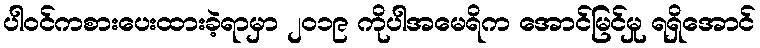
ပါဝင်ကစားပေးထားခဲ့ရာမှာ ၂၀၁၉ ကိုပါအမေရိက အောင်မြင်မှု ရရှိအောင်